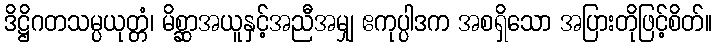
ဒိဋ္ဌိဂတသမ္ပယုတ္တံ၊ မိစ္ဆာအယူနှင့်အညီအမျှ ဧကုပ္ပါဒက အစရှိသော အပြားတိုဖြင့်စိတ်။